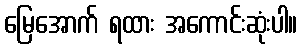
မြေအောက် ရထား အကောင်းဆုံးပါ။